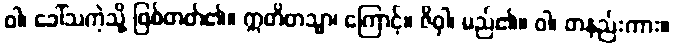
ဝါ၊ ခေါ်သကဲ့သို့ ဖြစ်တတ်၏။ ဣတိတသ္မာ၊ ကြောင့်။ ဇိဝှါ၊ မည်၏။ ဝါ၊ တနည်းကား။